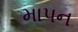
માપન